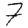
Digit: 7